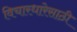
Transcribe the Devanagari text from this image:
विचारधारेसाठी